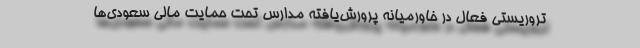
تروریستی فعال در خاورمیانه پرورش‌یافته مدارس تحت حمایت مالی سعودی‌ها